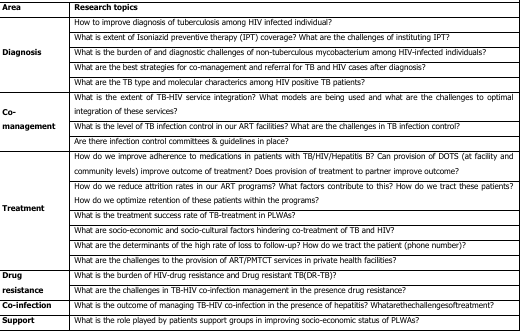
<table><thead><tr><td><b>Area</b></td><td><b>Research topics</b></td></tr></thead><tbody><tr><td rowspan="5"><b>Diagnosis</b></td><td>How to improve diagnosis of tuberculosis among HIV infected individual?</td></tr><tr><td>What is extent of Isoniazid preventive therapy (IPT) coverage? What are the challenges of instituting IPT?</td></tr><tr><td>What is the burden of and diagnostic challenges of non-tuberculous mycobacterium among HIV-infected individuals?</td></tr><tr><td>What are the best strategies for co-management and referral for TB and HIV cases after diagnosis?</td></tr><tr><td>What are the TB type and molecular characterics among HIV positive TB patients?</td></tr><tr><td rowspan="3"><b>Co-management</b></td><td>What is the extent of TB-HIV service integration? What models are being used and what are the challenges to optimal integration of these services?</td></tr><tr><td>What is the level of TB infection control in our ART facilities? What are the challenges in TB infection control?</td></tr><tr><td>Are there infection control committees &amp; guidelines in place?</td></tr><tr><td rowspan="6"><b>Treatment</b></td><td>How do we improve adherence to medications in patients with TB/HIV/Hepatitis B? Can provision of DOTS (at facility and community levels) improve outcome of treatment? Does provision of treatment to partner improve outcome?</td></tr><tr><td>How do we reduce attrition rates in our ART programs? What factors contribute to this? How do we tract these patients? How do we optimize retention of these patients within the programs?</td></tr><tr><td>What is the treatment success rate of TB-treatment in PLWAs?</td></tr><tr><td>What are socio-economic and socio-cultural factors hindering co-treatment of TB and HIV?</td></tr><tr><td>What are the determinants of the high rate of loss to follow-up? How do we tract the patient (phone number)?</td></tr><tr><td>What are the challenges to the provision of ART/PMTCT services in private health facilities?</td></tr><tr><td rowspan="2"><b>Drug resistance</b></td><td>What is the burden of HIV-drug resistance and Drug resistant TB(DR-TB)?</td></tr><tr><td>What are the challenges in TB-HIV co-infection management in the presence drug resistance?</td></tr><tr><td><b>Co-infection</b></td><td>What is the outcome of managing TB-HIV co-infection in the presence of hepatitis? Whatarethechallengesoftreatment?</td></tr><tr><td><b>Support</b></td><td>What is the role played by patients support groups in improving socio-economic status of PLWAs?</td></tr></tbody></table>